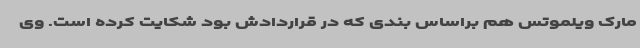
مارک ویلموتس هم براساس بندی که در قراردادش بود شکایت کرده است. وی